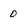
Character: 0